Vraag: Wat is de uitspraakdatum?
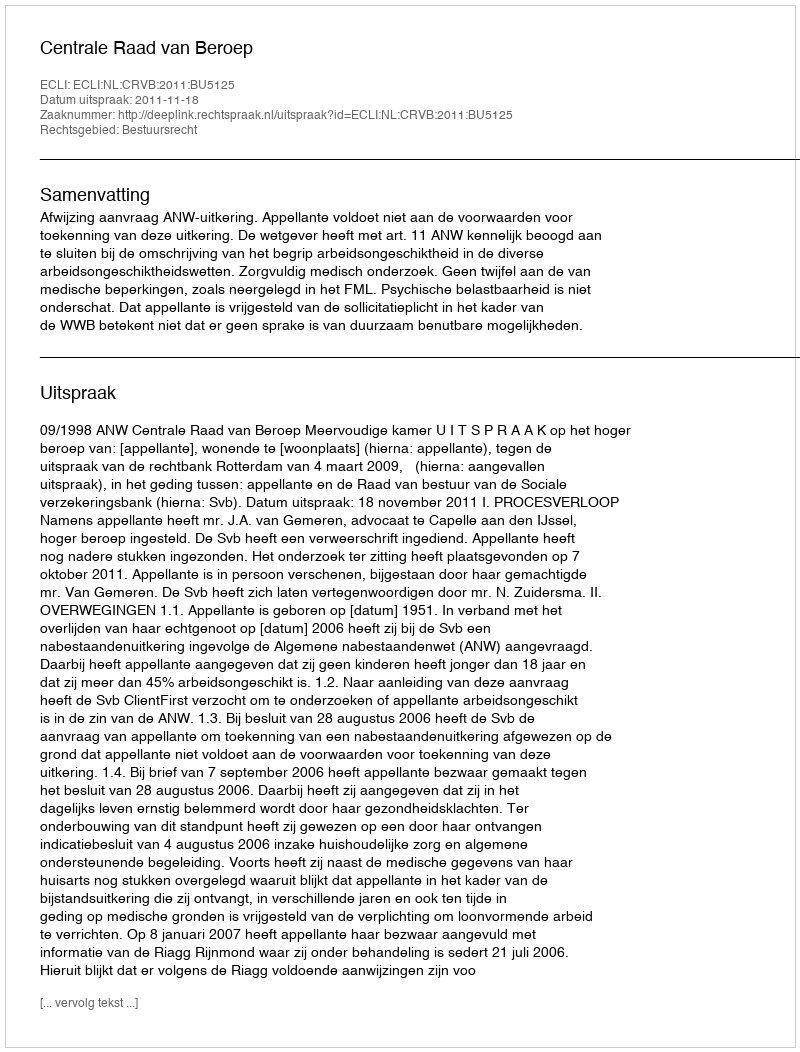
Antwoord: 2011-11-18